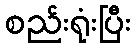
စည်းရုံးပြီး